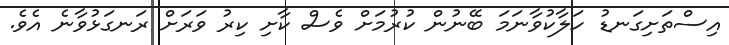
އިސްތަށިގަނޑު ހަލާކުވާނަމަ ބޭނުން ކުރުމަށް ވެސް ކާށި ކިރު ވަރަށް ރަނގަޅުވާނެ އެވެ.